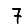
Digit: 7